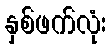
နှစ်ဖက်လုံး